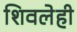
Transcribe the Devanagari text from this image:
शिवलेही